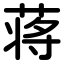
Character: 蒋